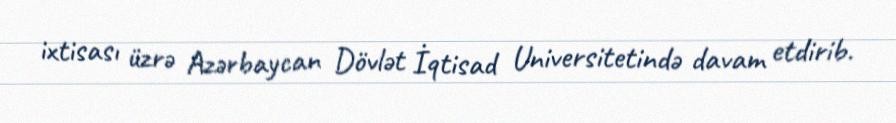
ixtisası üzrə Azərbaycan Dövlət İqtisad Universitetində davam etdirib.